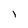
Character: l